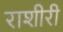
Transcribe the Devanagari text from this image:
राशीरी